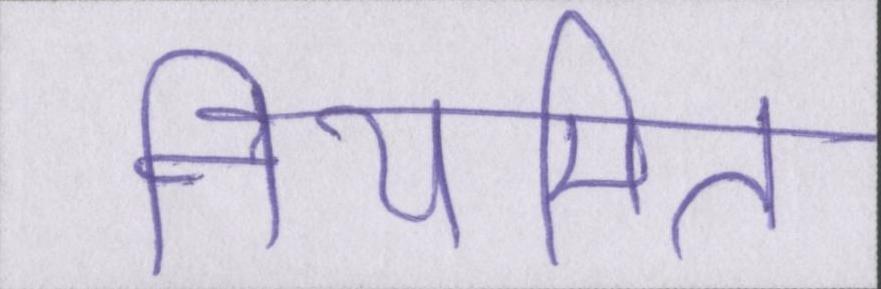
नियमित